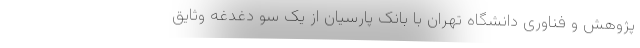
پژوهش و فناوری دانشگاه تهران با بانک پارسیان از یک سو دغدغه وثایق